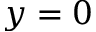
y = 0